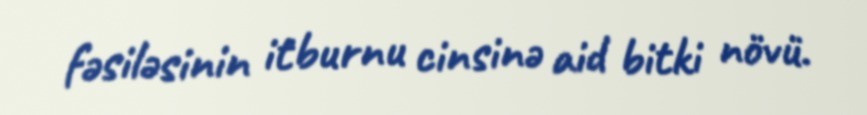
fəsiləsinin i̇tburnu cinsinə aid bitki növü.